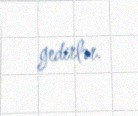
gedirlər.